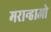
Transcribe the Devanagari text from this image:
मरान्हाओ